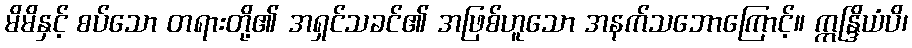
မိမိနှင့် စပ်သော တရားတို့၏ အရှင်သခင်၏ အဖြစ်ဟူသော အနက်သဘောကြောင့်။ ဣန္ဒြိယံပိ၊